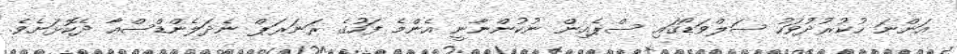
އަންނަ ހުކުރުދުވަހު ސަލްވަޑޯގައި ސްޕެއިން ނުކުންނާނީ އެންމެ ފަހުގެ ރަނަރަޕް ނެދަލެންޑްސްއާ ދެކޮޅަށެވެ.